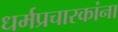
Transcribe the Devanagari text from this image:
धर्मप्रचारकांना